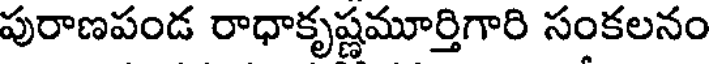
పురాణపండ రాధాకృష్ణమూర్తిగారి సంకలనం